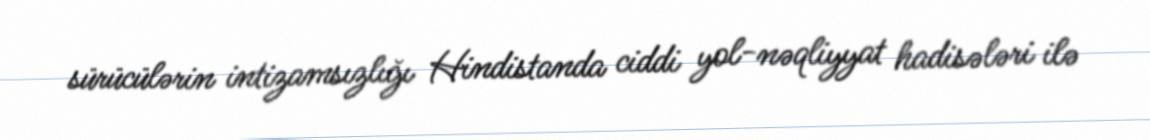
sürücülərin intizamsızlığı Hindistanda ciddi yol-nəqliyyat hadisələri ilə